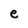
Character: e